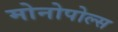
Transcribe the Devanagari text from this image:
मोनोपोल्स